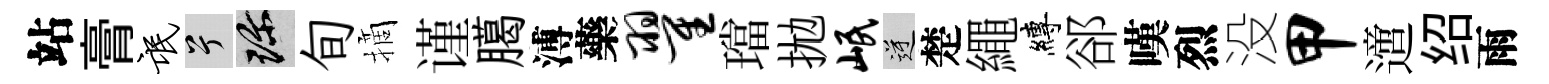
站膏氓兮珍旬摘谨臈溥藥翟璫拋岷逆楚繩縛郤嘆烈没甲𨗁绍雨